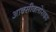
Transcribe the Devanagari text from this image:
आक्‍सीक्‍लोराइड